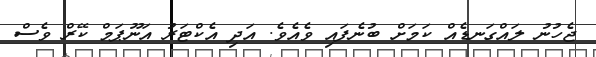
ޖެހުނު ލައްގަނޑެއް ކަމަށް ބުނެފައި ވެއެވެ. އަދި އެކްޓަރު އަނޫޕަމް ކޭރް ވެސް